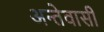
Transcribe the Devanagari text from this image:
अन्तेवासी